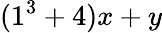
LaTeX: (1^{3}+4)x+y